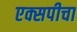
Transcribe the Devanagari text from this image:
एक्सपीचा